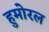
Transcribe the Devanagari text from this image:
हुमोरल